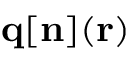
{ \bf q } [ { \bf n } ] ( { \bf r } )